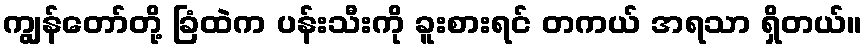
ကျွန်တော်တို့ ခြံထဲက ပန်းသီးကို ခူးစားရင် တကယ် အရသာ ရှိတယ်။